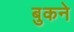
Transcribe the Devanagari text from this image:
बुकने